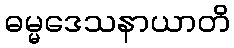
ဓမ္မဒေသနာယာတိ